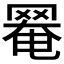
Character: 𦋙